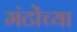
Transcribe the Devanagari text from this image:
मंटोंच्या